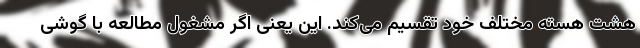
هشت هسته مختلف خود تقسیم می‌کند. این یعنی اگر مشغول مطالعه با گوشی